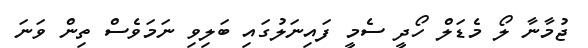
ޖުމާނާ ލޯ މެޑަލް ހޯދީ ސެމީ ފައިނަލުގައި ބަލިވި ނަމަވެސް ތިން ވަނަ